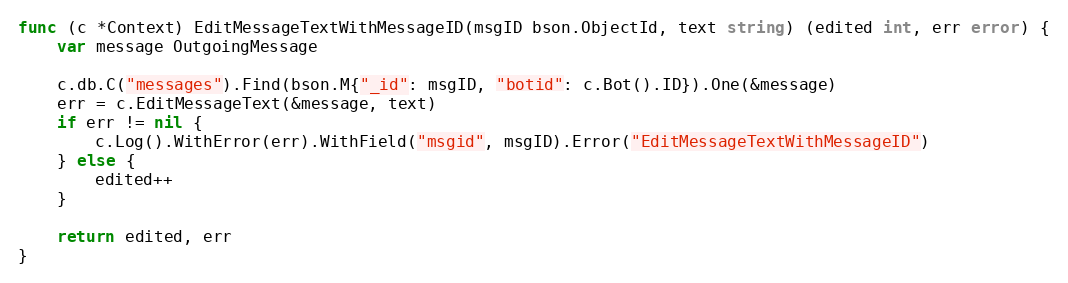
Language: Go
func (c *Context) EditMessageTextWithMessageID(msgID bson.ObjectId, text string) (edited int, err error) {
	var message OutgoingMessage

	c.db.C("messages").Find(bson.M{"_id": msgID, "botid": c.Bot().ID}).One(&message)
	err = c.EditMessageText(&message, text)
	if err != nil {
		c.Log().WithError(err).WithField("msgid", msgID).Error("EditMessageTextWithMessageID")
	} else {
		edited++
	}

	return edited, err
}